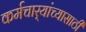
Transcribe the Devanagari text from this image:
कर्मचार्‍यांच्यासाठी